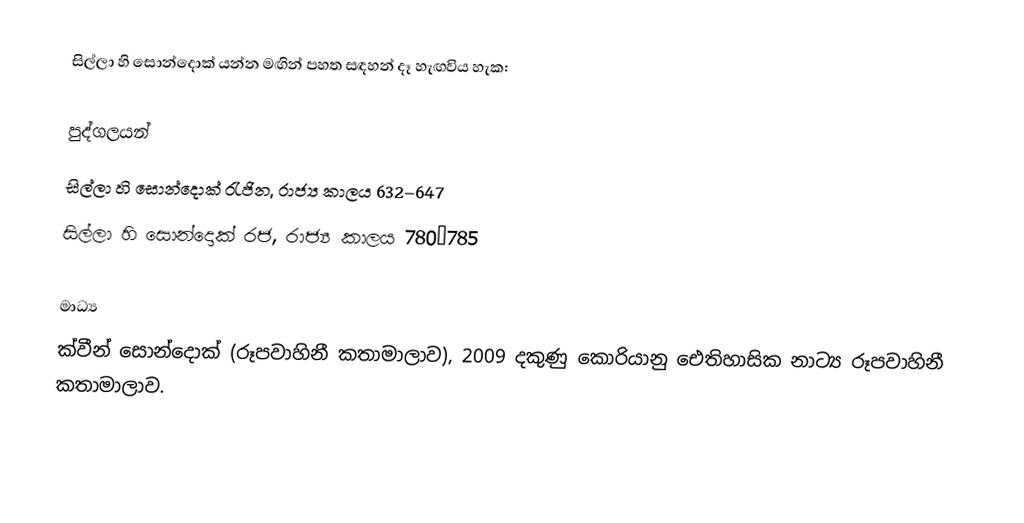
සිල්ලා හි සොන්දොක් යන්න මඟින් පහත සඳහන් දෑ හැඟවිය හැක:

පුද්ගලයන්
සිල්ලා හි සොන්දොක් ‍රැජින, රාජ්‍ය කාලය 632–647
සිල්ලා හි සොන්දොක් රජ, රාජ්‍ය කාලය 780–785

මාධ්‍ය
ක්වීන් සොන්දොක් (රූපවාහිනී කතාමාලාව), 2009 දකුණු කොරියානු ඓතිහාසික නාට්‍ය රූපවාහිනී කතාමාලාව.